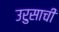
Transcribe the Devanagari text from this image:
उरुसाची